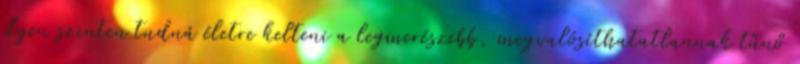
ilyen szinten tudná életre kelteni a legmerészebb, megvalósíthatatlannak tűnő